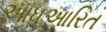
આધઆરિત